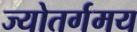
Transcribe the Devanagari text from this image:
ज्योतर्गमय